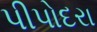
પીપોદરા